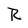
Character: R